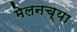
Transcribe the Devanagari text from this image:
मेलनच्या